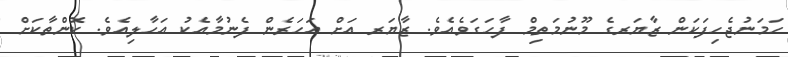
ހަމަނުޖެހިފަކަން ޒާޔަރގެ މޫނުމަތިމް ފާހަގަވެއެވެ. ޒާޔަރ އަށް އަހަރެން ފެނުމާއެކު އަހާލިއެވެ. ކޮންތާކަށް